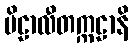
ဗိဠာလီတက္ကဠာနိ